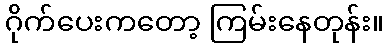
ဂိုက်ပေးကတော့ ကြမ်းနေတုန်း။